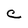
Character: C